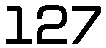
127